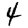
Digit: 4